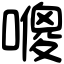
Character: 𠿬